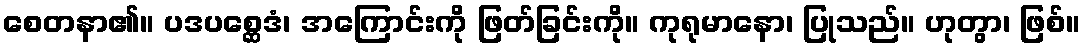
စေတနာ၏။ ပဒပစ္ဆေဒံ၊ အကြောင်းကို ဖြတ်ခြင်းကို။ ကုရုမာနော၊ ပြုသည်။ ဟုတွာ၊ ဖြစ်။